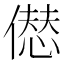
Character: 𠎝